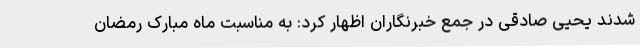
شدند یحیی صادقی در جمع خبرنگاران اظهار کرد: به مناسبت ماه مبارک رمضان